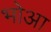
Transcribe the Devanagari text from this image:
भोआ